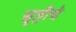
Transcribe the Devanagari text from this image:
सॄष्टीचे